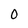
Character: 0